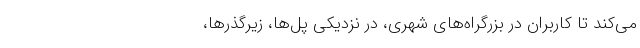
می‌کند تا کاربران در بزرگراه‌های شهری، در نزدیکی پل‌ها، زیرگذرها،